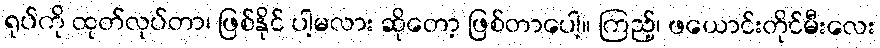
ရုပ်ကို ထုတ်လုပ်တာ၊ ဖြစ်နိုင် ပါ့မလား ဆိုတော့ ဖြစ်တာပေါ့။ ကြည့်၊ ဖယောင်းတိုင်မီးလေး